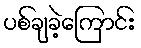
ပစ်ချခဲ့ကြောင်း